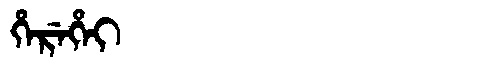
Manchu: ᡥᡝᡵᡝᡥᡝᡳ
Romanization: HEREHEI